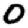
Digit: 0